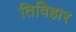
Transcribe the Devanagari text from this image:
तिविहार